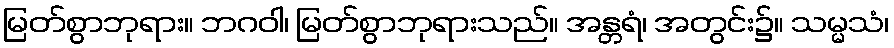
မြတ်စွာဘုရား။ ဘဂဝါ၊ မြတ်စွာဘုရားသည်။ အန္တရံ၊ အတွင်း၌။ သမ္မသံ၊